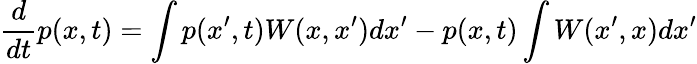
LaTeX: \frac{d}{dt}p(x,t)=\int p(x^{\prime},t)W(x,x^{\prime})dx^{\prime}-p(x,t)\int W(x^{\prime},x)dx^{\prime}